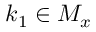
k _ { 1 } \in M _ { x }